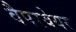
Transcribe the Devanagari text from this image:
वैपरवेयर